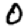
Digit: 0